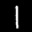
Label: 1